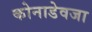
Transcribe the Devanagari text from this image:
कोनाडेवजा